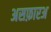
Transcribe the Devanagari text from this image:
असफ़ारअ